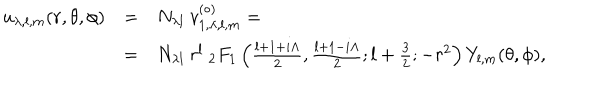
LaTeX: \begin{array} { r c l } { { u _ { \lambda , l , m } ( r , \theta , \phi ) } } & { { = } } & { { N _ { \lambda l } \ v _ { 1 , \lambda , l , m } ^ { ( \circ ) } = } } \\ { { } } & { { = } } & { { N _ { \lambda l } \ r ^ { l } \ _ { 2 } F _ { 1 } \left( { \frac { l + 1 + i \Lambda } { 2 } } , { \frac { l + 1 - i \Lambda } { 2 } } ; l + { \frac { 3 } { 2 } } ; - r ^ { 2 } \right) Y _ { l , m } ( \theta , \phi ) , } } \\ \end{array}